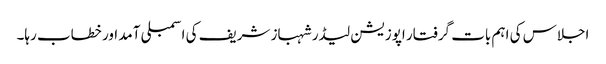
اجلاس کی اہم بات گرفتار اپوزیشن لیڈر شہباز شریف کی اسمبلی آمد اور خطاب رہا۔